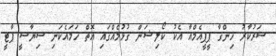
ސަރުކާރު ހިންގާ ޕީޕީއެމްއާ އެކު ކޯލިޝަން ގުޅުމެއްގައި އޮތް ހަމައެކަނި ސިޔާސީ ޕާޓީ